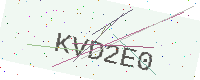
Text: KVD2E0